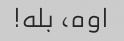
اوه، بله!